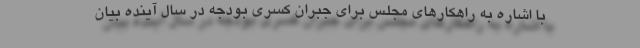
با اشاره به راهکارهای مجلس برای جبران کسری بودجه در سال آینده بیان